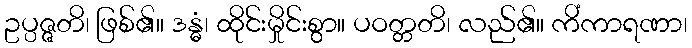
ဥပ္ပဇ္ဇတိ၊ ဖြစ်၏။ ဒန္ဓံ၊ ထိုင်းမှိုင်းစွာ။ ပဝတ္တတိ၊ လည်၏။ ကိံကာရဏာ၊